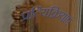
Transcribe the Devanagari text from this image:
प्रत्यिक्रियाएं